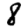
Digit: 8